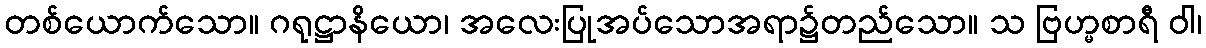
တစ်ယောက်သော။ ဂရုဋ္ဌာနိယော၊ အလေးပြုအပ်သောအရာ၌တည်သော။ သ ဗြဟ္မစာရီ ဝါ၊